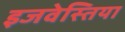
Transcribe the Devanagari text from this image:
इजवेस्तिया